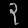
Digit: ၃